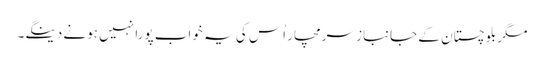
مگر بلوچستان کے جانباز سرمچار اُس کی یہ خواب پورا نہیں ہونے دینگے۔